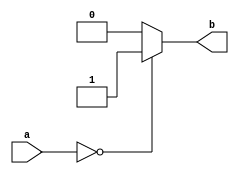
`timescale 1ns / 1ps
//////////////////////////////////////////////////////////////////////////////////
// Company: 
// Engineer: 
// 
// Design Name: 
// Module Name:    bijiaoqi_movz 
// Project Name: 
// Target Devices: 
// Tool versions: 
// Description: 
//
// Dependencies: 
//
// Revision: 
// Revision 0.01 - File Created
// Additional Comments: 
//
//////////////////////////////////////////////////////////////////////////////////
module bijiaoqi_movz(
    input [31:0] a,
    output b
    );
	 assign b = (a == 0)? 1:0;

endmodule